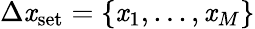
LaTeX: \Delta\mathit{x}_{\textrm{{set}}}=\{ \mathit{x}_{1},...,\mathit{x}_{M}\}